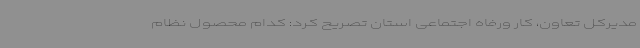
مدیرکل تعاون، کار ورفاه اجتماعی استان تصریح کرد: کدام محصول نظام